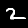
Digit: 2